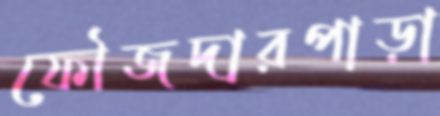
ফৌজদারপাড়া